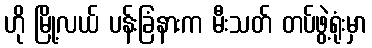
ဟို မြို့လယ် ပန်းခြံနားက မီးသတ် တပ်ဖွဲ့ရုံးမှာ